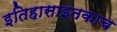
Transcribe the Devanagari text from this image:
इतिहासाइतकाच